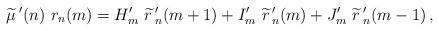
LaTeX: \begin{align*}\widetilde{\mu}\,'(n)\ r_n(m)=H'_{m}\ \widetilde{r}\,'_{n}(m+1) +I'_m\ \widetilde{r}\,'_{n}(m) +J'_m\ \widetilde{r}\,'_{n}(m-1) \,,\end{align*}